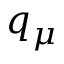
q _ { \mu }